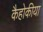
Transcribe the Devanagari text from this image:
कैहोकीया